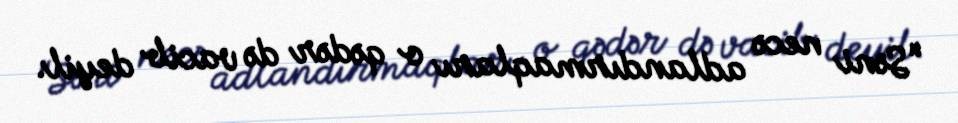
“Səni necə adlandırmaqları o qədər də vacib deyil.